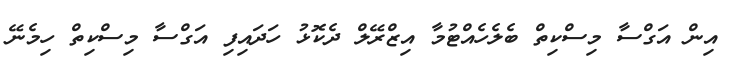
އިން އަގްސާ މިސްކިތް ބެލެހެއްޓުމާ އިޒްރޭލް ދެކޮޅު ހަދައިފި އަގްސާ މިސްކިތް ހިމެނޭ